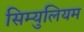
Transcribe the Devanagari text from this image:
सिम्युलियम